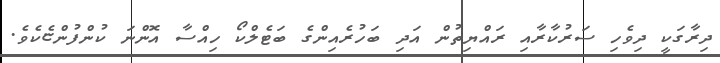
ދިރާގަކީ ދިވެހި ސަރުކާރާއި ރައްޔިތުން އަދި ބަހުރެއިންގެ ބަޓެލްކޯ ހިއްސާ އޮންނަ ކުންފުންޏެކެވެ.